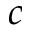
\boldsymbol { c }